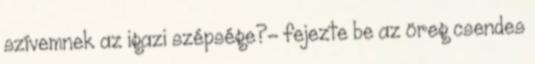
szívemnek az igazi szépsége?- fejezte be az öreg csendes